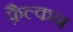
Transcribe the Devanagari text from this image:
फ़ैल्कन